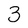
Character: 3